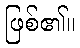
ဖြစ်၏။